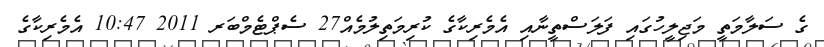
ގެ ސަލާމަތީ މަޖިލީހުގައި ފަލަސްތީނާއި އެމެރިކާގެ ކުރިމަތިލުމެއް27 ސެޕްޓެމްބަރ 2011 10:47 އެމެރިކާގެ